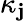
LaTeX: \kappa_{\mathbf{j}}